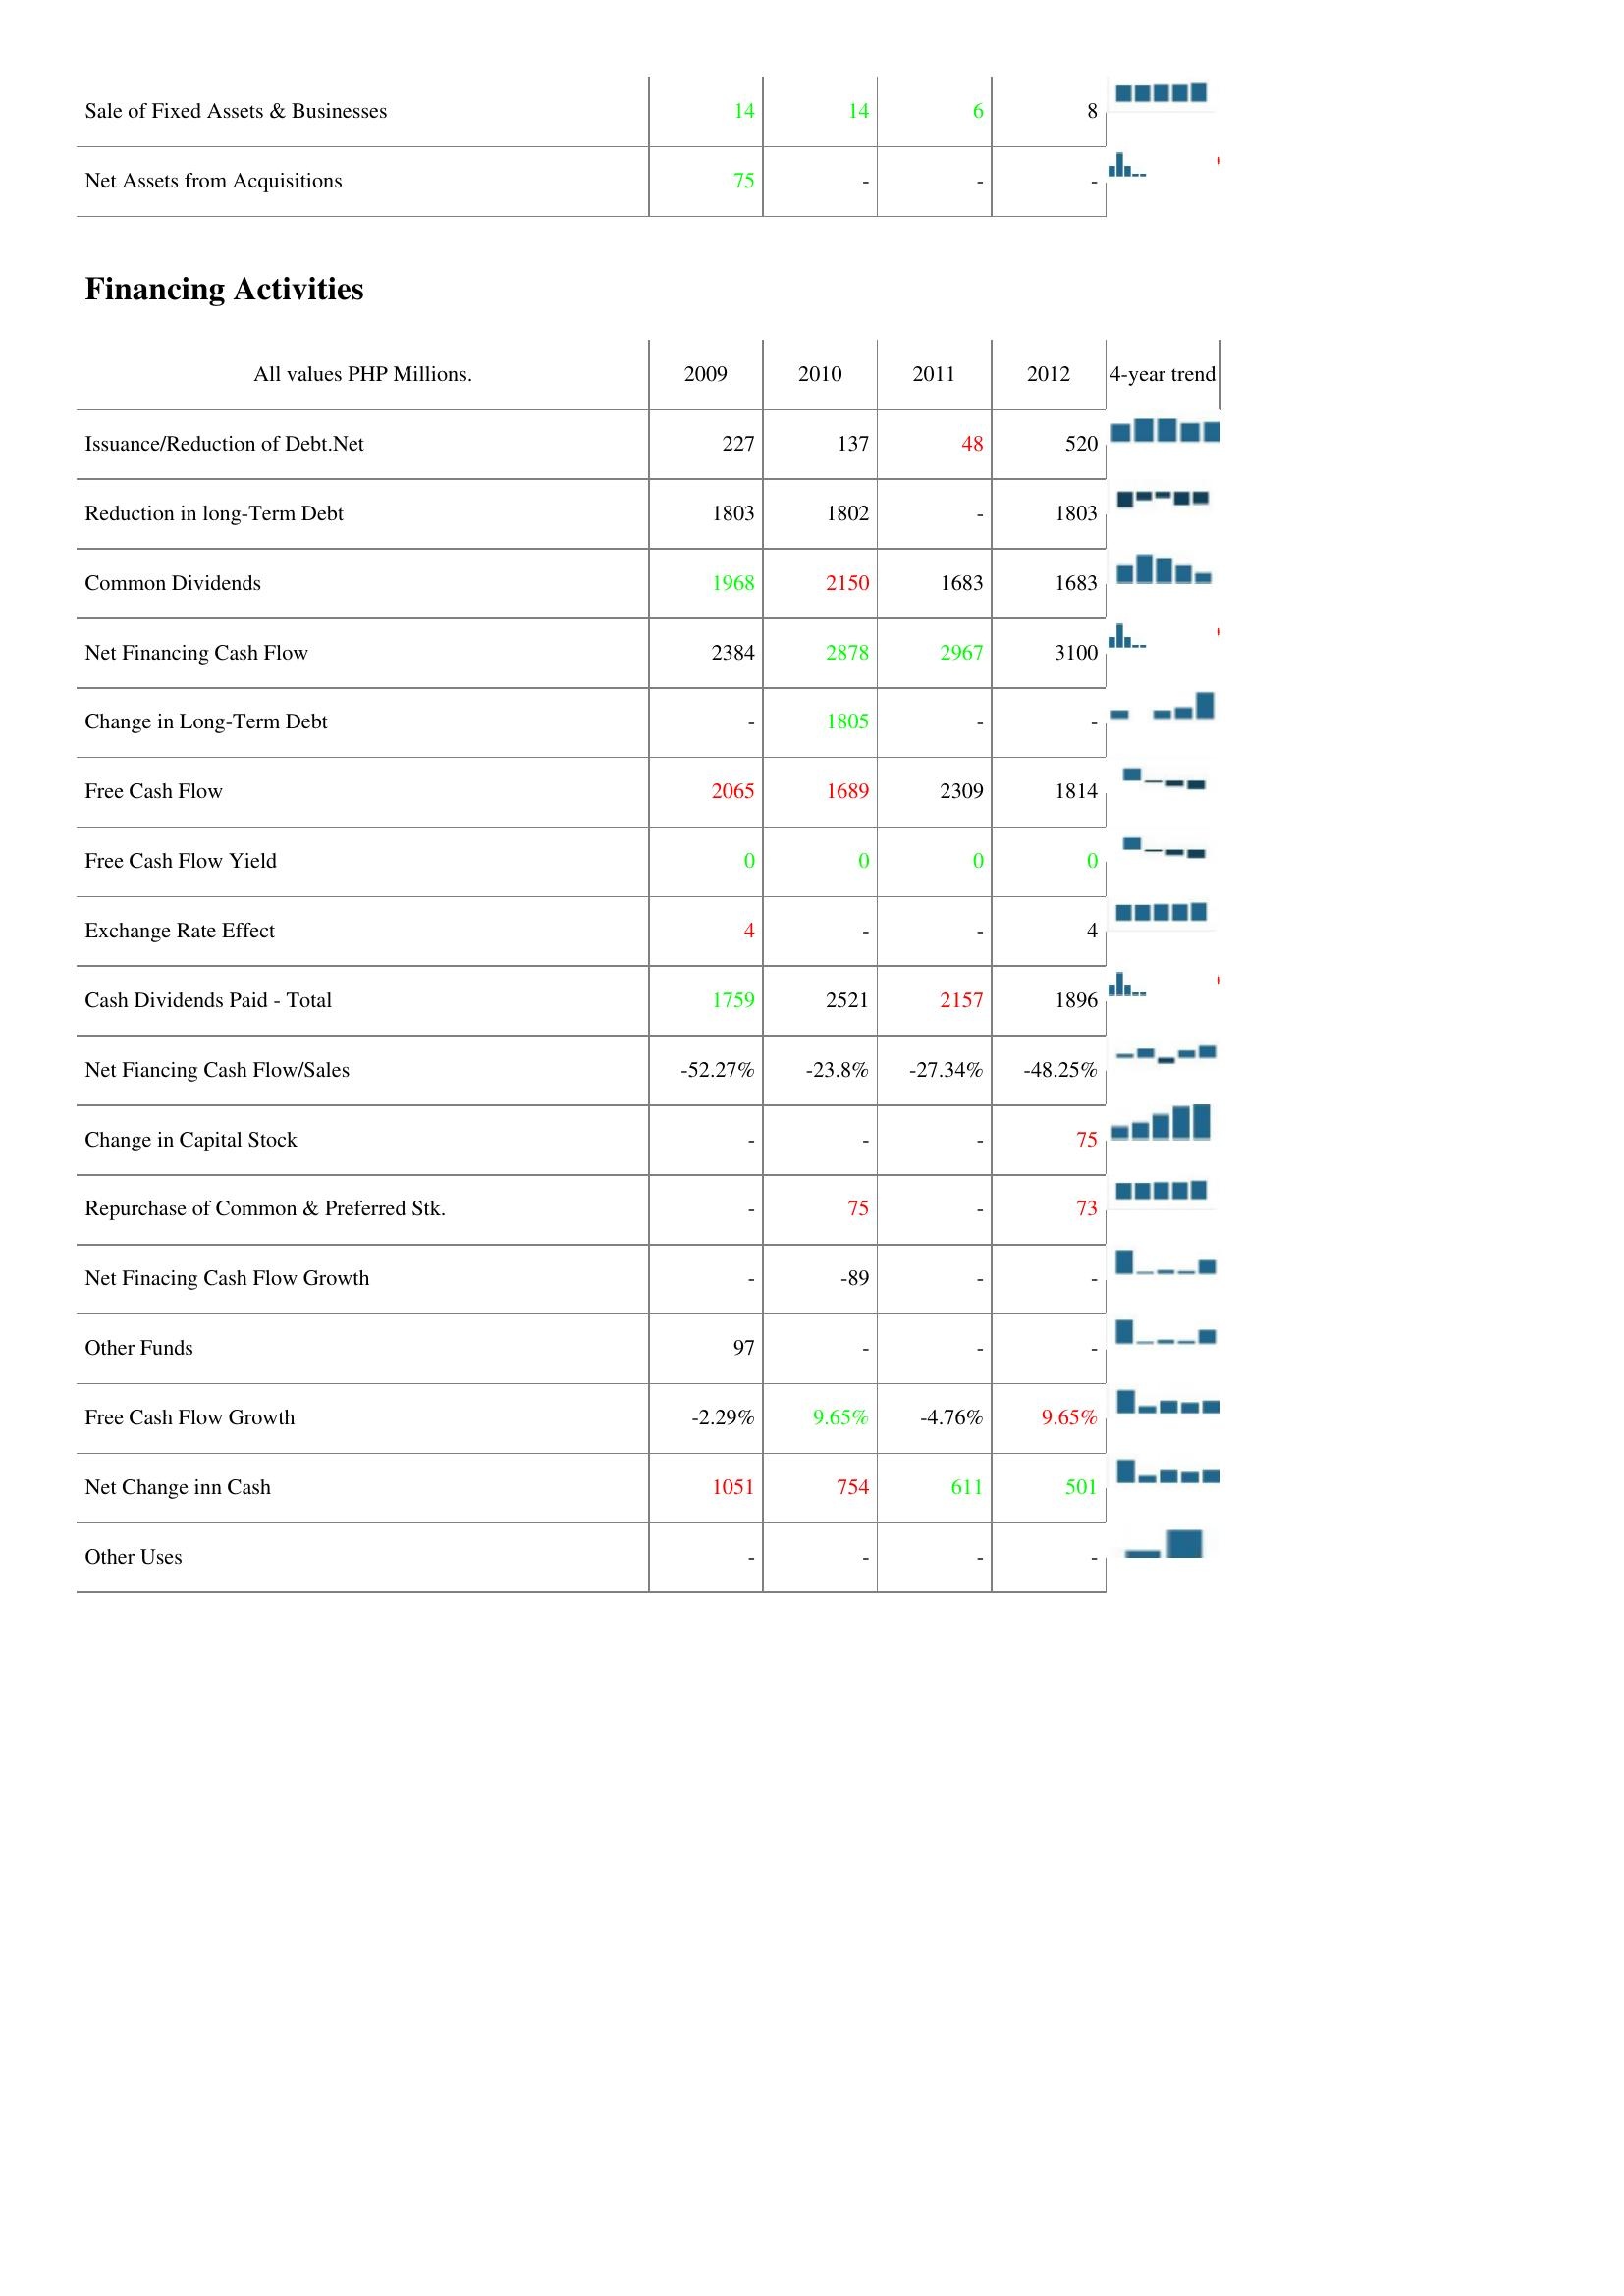
2009: Investing Activities: Sale of Fixed Assets & Businesses: 14
Net Assets from Acquisitions: 75
Financing Activities: Issuance/Reduction of Debt.Net: 227
Reduction in long-Term Debt: 1803
Common Dividends: 1968
Net Financing Cash Flow: 2384
Change in Long-Term Debt: -
Free Cash Flow: 2065
Free Cash Flow Yield: 0
Exchange Rate Effect: 4
Cash Dividends Paid - Total: 1759
Net Fiancing Cash Flow/Sales: -52.27%
Change in Capital Stock: -
Repurchase of Common & Preferred Stk.: -
Net Finacing Cash Flow Growth: -
Other Funds: 97
Free Cash Flow Growth: -2.29%
Net Change inn Cash: 1051
Other Uses: -
2010: Investing Activities: Sale of Fixed Assets & Businesses: 14
Net Assets from Acquisitions: -
Financing Activities: Issuance/Reduction of Debt.Net: 137
Reduction in long-Term Debt: 1802
Common Dividends: 2150
Net Financing Cash Flow: 2878
Change in Long-Term Debt: 1805
Free Cash Flow: 1689
Free Cash Flow Yield: 0
Exchange Rate Effect: -
Cash Dividends Paid - Total: 2521
Net Fiancing Cash Flow/Sales: -23.8%
Change in Capital Stock: -
Repurchase of Common & Preferred Stk.: 75
Net Finacing Cash Flow Growth: -89
Other Funds: -
Free Cash Flow Growth: 9.65%
Net Change inn Cash: 754
Other Uses: -
2011: Investing Activities: Sale of Fixed Assets & Businesses: 6
Net Assets from Acquisitions: -
Financing Activities: Issuance/Reduction of Debt.Net: 48
Reduction in long-Term Debt: -
Common Dividends: 1683
Net Financing Cash Flow: 2967
Change in Long-Term Debt: -
Free Cash Flow: 2309
Free Cash Flow Yield: 0
Exchange Rate Effect: -
Cash Dividends Paid - Total: 2157
Net Fiancing Cash Flow/Sales: -27.34%
Change in Capital Stock: -
Repurchase of Common & Preferred Stk.: -
Net Finacing Cash Flow Growth: -
Other Funds: -
Free Cash Flow Growth: -4.76%
Net Change inn Cash: 611
Other Uses: -
2012: Investing Activities: Sale of Fixed Assets & Businesses: 8
Net Assets from Acquisitions: -
Financing Activities: Issuance/Reduction of Debt.Net: 520
Reduction in long-Term Debt: 1803
Common Dividends: 1683
Net Financing Cash Flow: 3100
Change in Long-Term Debt: -
Free Cash Flow: 1814
Free Cash Flow Yield: 0
Exchange Rate Effect: 4
Cash Dividends Paid - Total: 1896
Net Fiancing Cash Flow/Sales: -48.25%
Change in Capital Stock: 75
Repurchase of Common & Preferred Stk.: 73
Net Finacing Cash Flow Growth: -
Other Funds: -
Free Cash Flow Growth: 9.65%
Net Change inn Cash: 501
Other Uses: -